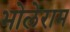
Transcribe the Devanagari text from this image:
भोलेराम